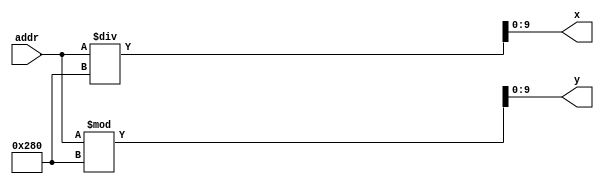
//convert the linear address to x, y
//x -> vertical
//y -> horizontal
module convert(addr, x, y);
	input wire[18:0] addr;
	output reg [9:0] x, y;
	
	always @ (addr) begin
		x <= addr/(10'd640);
		y <= addr%(10'd640);
	end
	

	
endmodule